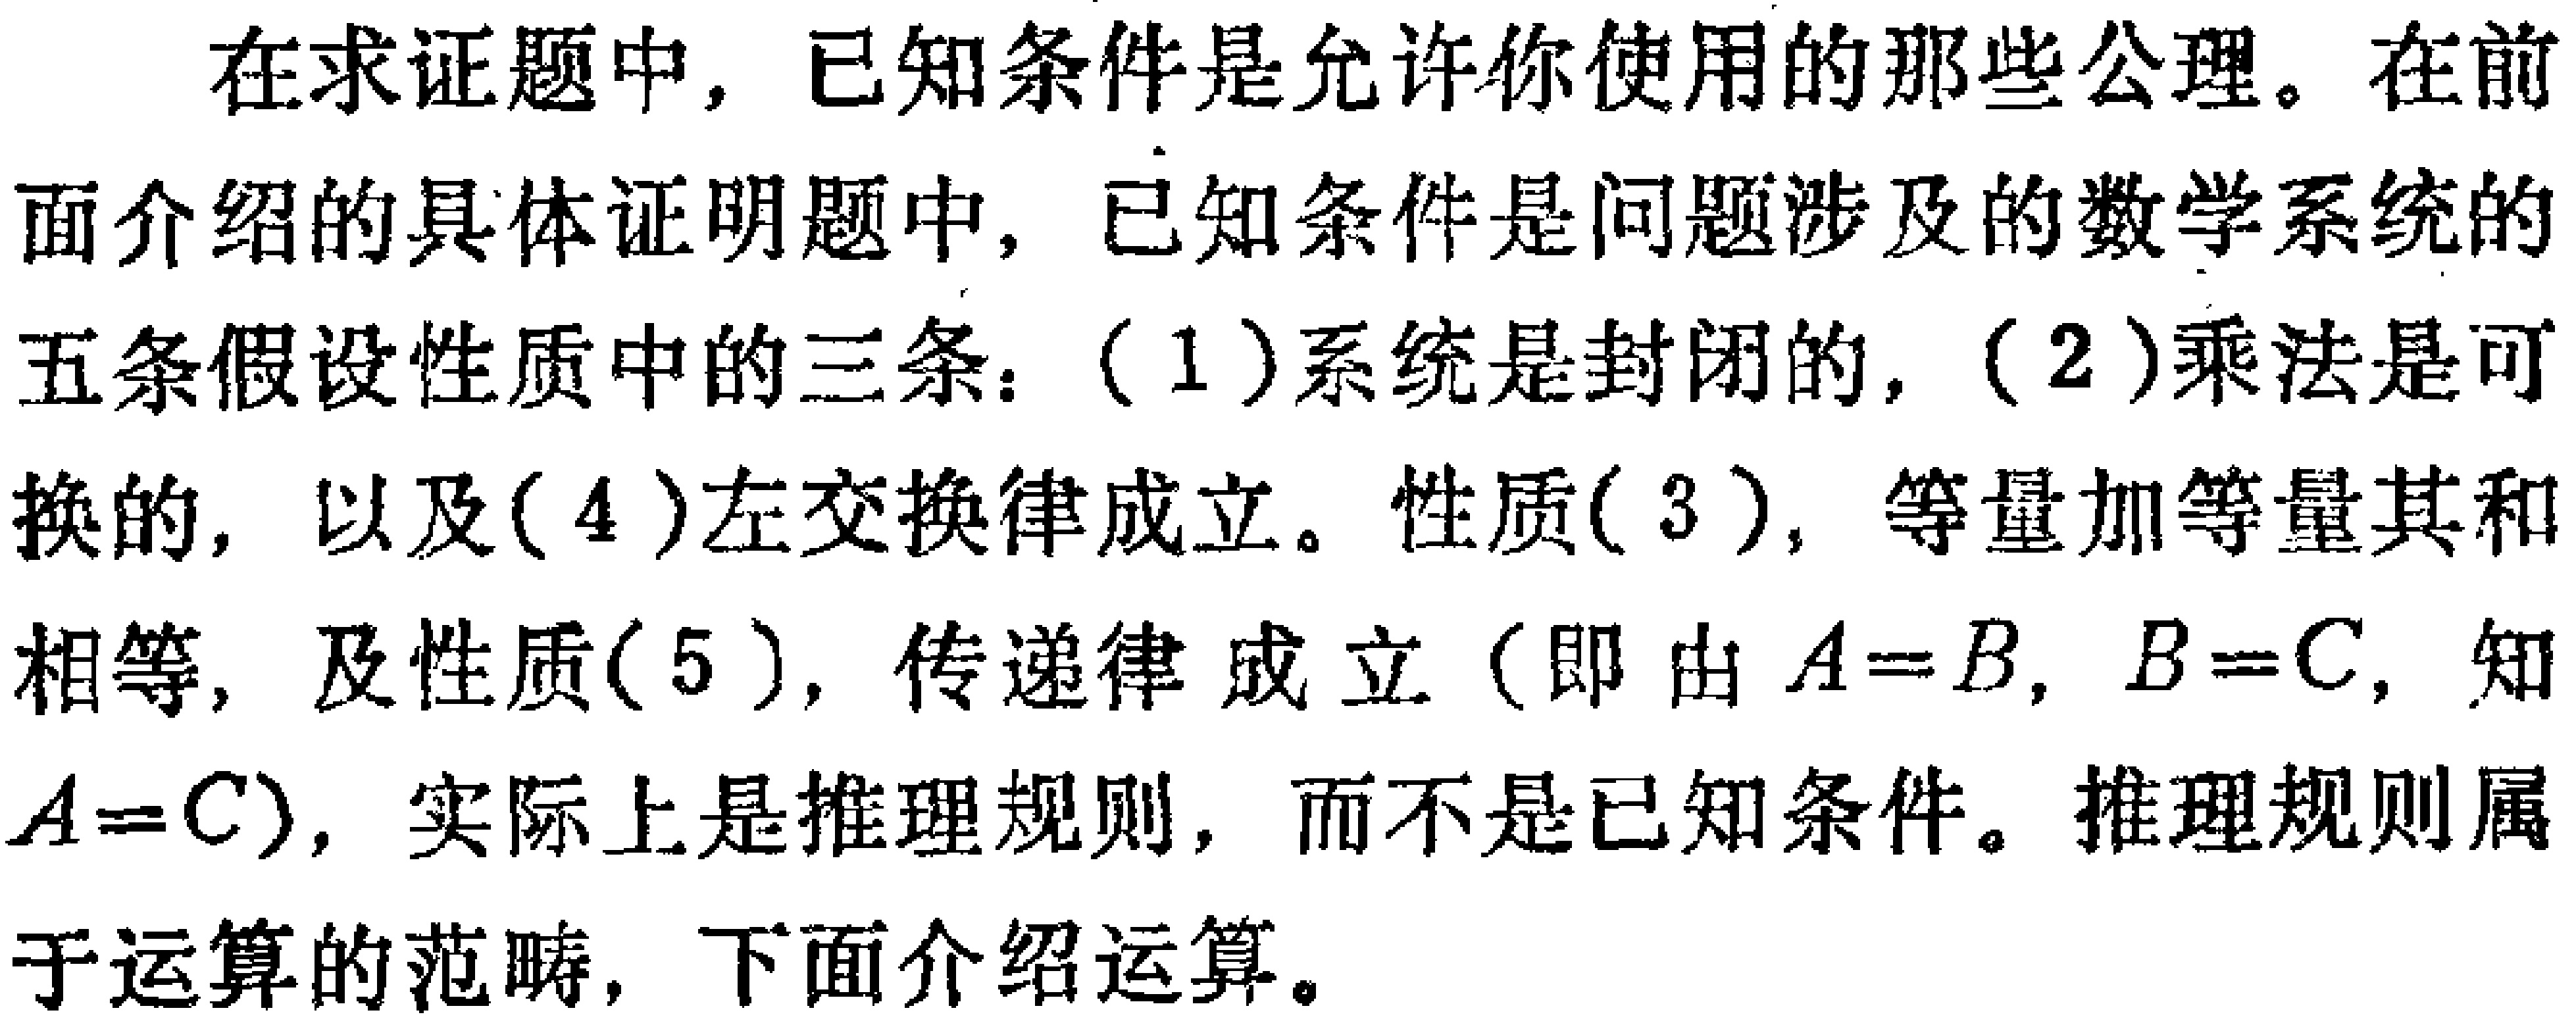
在求证题中，已知条件是允许你使用的那些公理。在前面介绍的具体证明题中，已知条件是问题涉及的数学系统的五条假设性质中的三条：（1）系统是封闭的，（2）乘法是可换的，以及（4）左交换律成立。性质(3)，等量加等量其和相等，及性质(5)，传递律成立（即由\(A = B\)，\(B = C\)，知\(A = C\)），实际上是推理规则，而不是已知条件。推理规则属于运算的范畴，下面介绍运算。